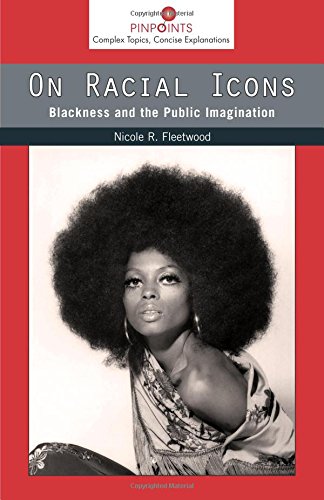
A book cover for On Racial Icons: Blackness and the Public Imagination (Pinpoints); Nicole R. Fleetwood; Arts & Photography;